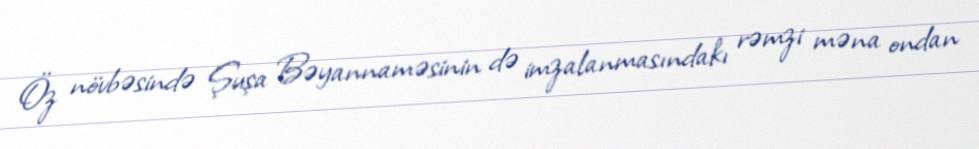
Öz növbəsində Şuşa Bəyannaməsinin də imzalanmasındakı rəmzi məna ondan